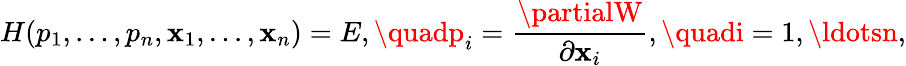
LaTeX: H(p_{1},\ldots,p_{n},\mathbf{x}_{1},\ldots,\mathbf{x}_{n})=E,\quadp_{i}={\frac{{\partialW}}{{\partial\mathbf{x}_{i}}}},\quadi=1,\ldotsn,